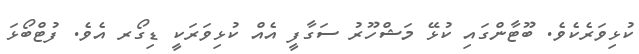
ކުޅިވަރެކެވެ. ބޫޓާންގައި ކުޅޭ މަޝްހޫރު ސަގާފީ އެއް ކުޅިވަރަކީ ޑިގޯރ އެވެ. ފުޓްބޯޅަ